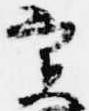
実